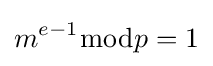
m^{e-1}{\bmod {p}}=1